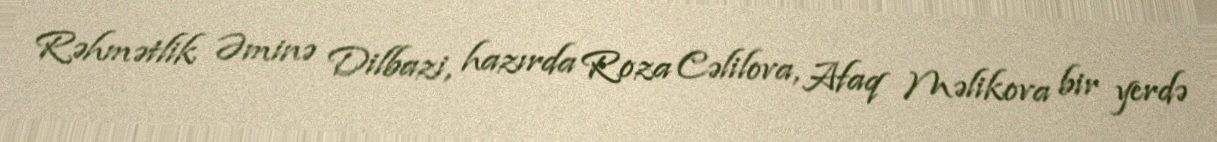
Rəhmətlik Əminə Dilbazi, hazırda Roza Cəlilova, Afaq Məlikova bir yerdə